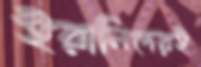
ইরানিদেরই